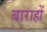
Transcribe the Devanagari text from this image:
बाराहों